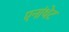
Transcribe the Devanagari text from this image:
एनांथेट